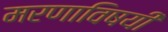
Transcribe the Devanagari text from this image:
मरणाविषयीं